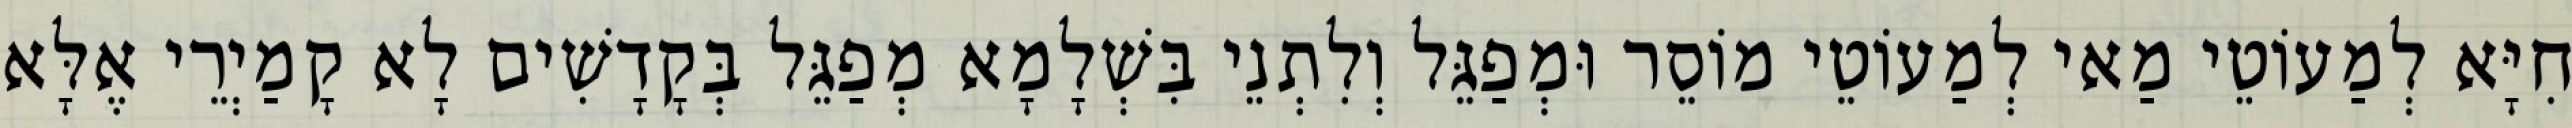
חִיָּא לְמַעוֹטֵי מַאי לְמַעוֹטֵי מוֹסֵר וּמְפַגֵּל וְלִתְנֵי בִּשְׁלָמָא מְפַגֵּל בְּקָדָשִׁים לָא קָמַיְרֵי אֶלָּא